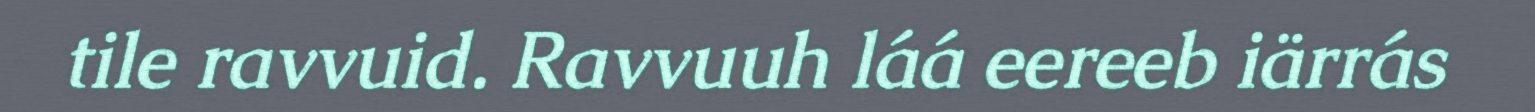
tile ravvuid. Ravvuuh láá eereeb iärrás